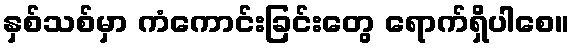
နှစ်သစ်မှာ ကံကောင်းခြင်းတွေ ရောက်ရှိပါစေ။